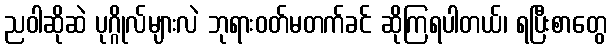
ညဝါဆိုဆဲ ပုဂ္ဂိုလ်များလဲ ဘုရားဝတ်မတက်ခင် ဆိုကြရပါတယ်၊ ရပြီးစာတွေ